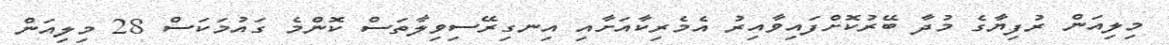
މިލިއަން ރުފިޔާގެ މުދާ ބޭރުކޮށްފައިވާއިރު އެމެރިކާއަށާއި އިނގިރޭސިވިލާތަސް ކޮންމެ ގައުމަކަސް 28 މިލިއަން